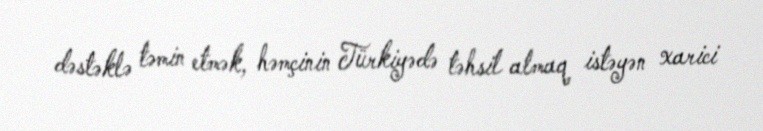
dəstəklə təmin etmək, həmçinin Türkiyədə təhsil almaq istəyən xarici